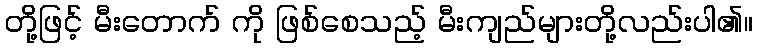
တို့ဖြင့် မီးတောက် ကို ဖြစ်စေသည့် မီးကျည်များတို့လည်းပါ၏။